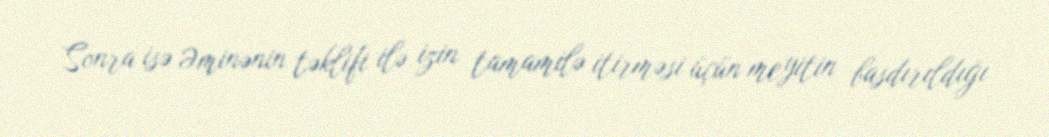
Sonra isə Əminənin təklifi ilə izin tamamilə itirməsi üçün meyitin basdırıldığı